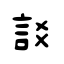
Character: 訤